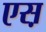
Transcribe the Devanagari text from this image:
एस़